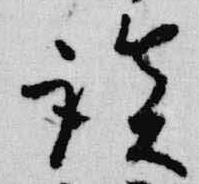
談